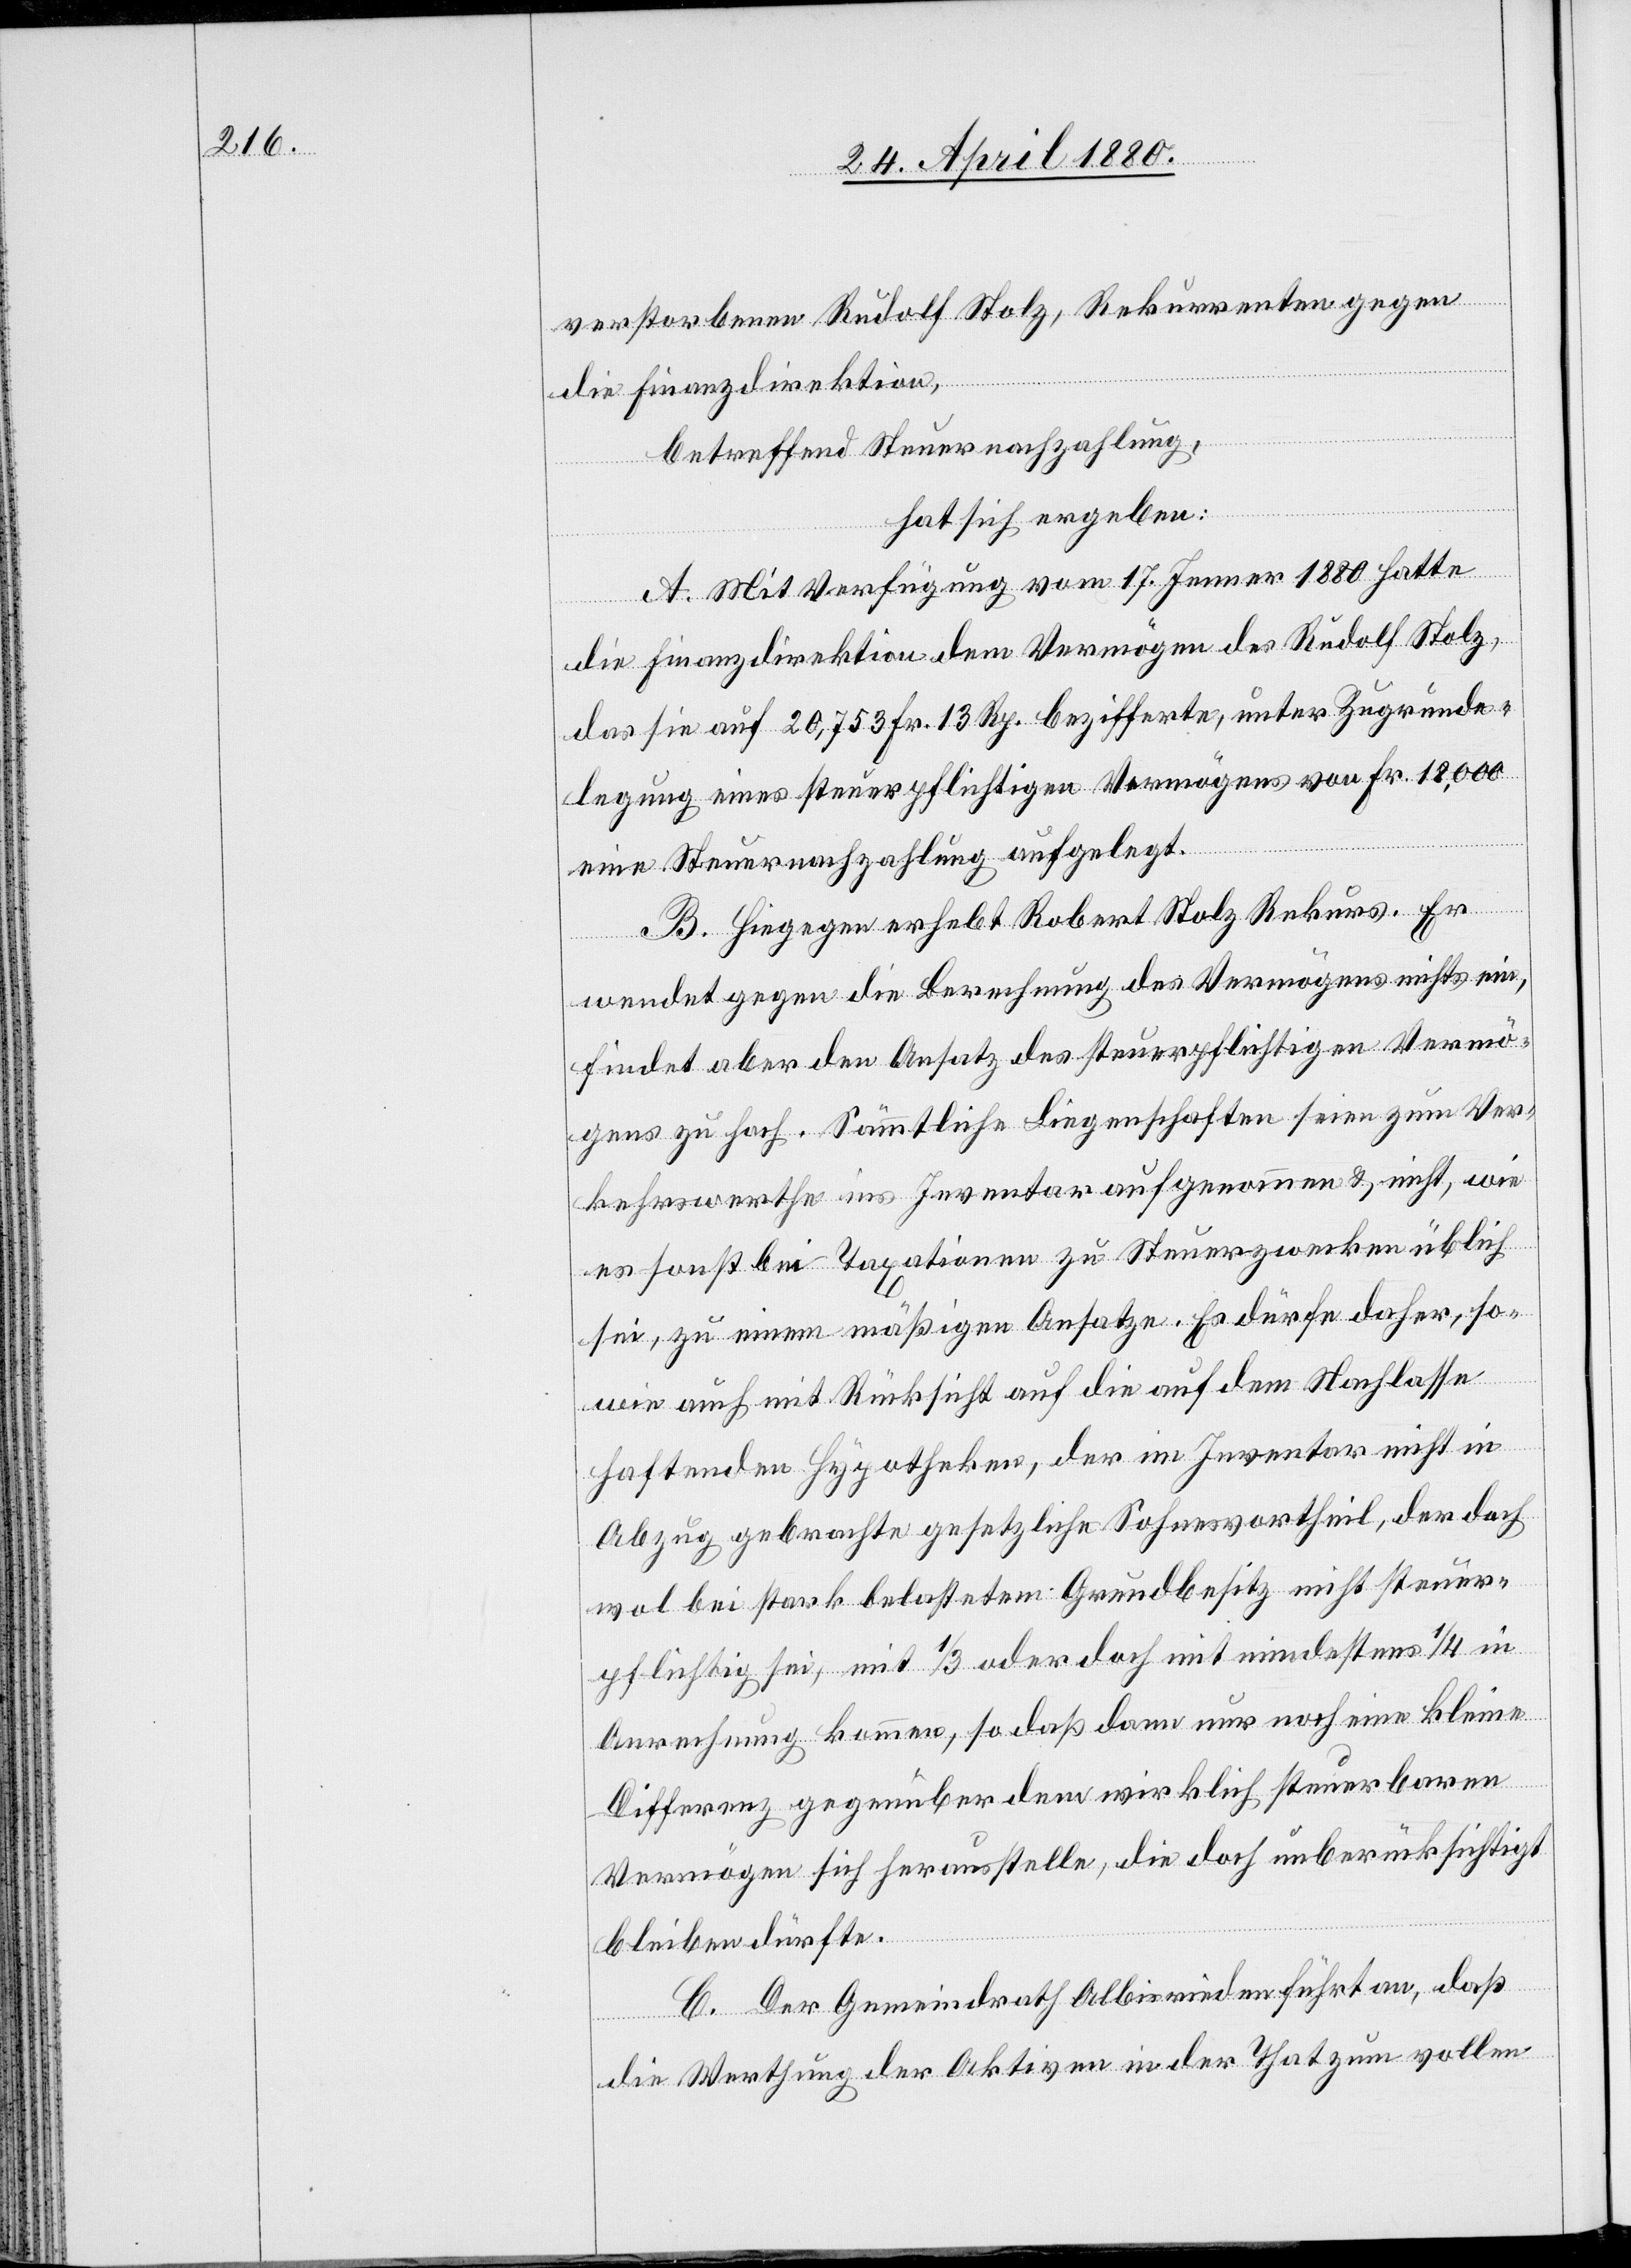
verstorbenen Rudolf Stolz, Rekurrenten gegen
die Finanzdirektion,
betreffend Steuernachzahlung,
hat sich ergeben:
A. Mit Verfügung vom 17. Jenner 1880 hatte
die Finanzdirektion dem Vermögen des Rudolf Stolz,
das sie auf 20,753 Fr. 13 Rp. bezifferte, unter Zugrunde¬
legung eines steuerpflichtigen Vermögens von Fr. 18,000
eine Steuernachzahlung aufgelegt.
B. Hiegegen erhebt Robert Stolz Rekurs. Er
wendet gegen die Berechnung des Vermögens nichts ein,
findet aber den Ansatz des steuerpflichtigen Vermö¬
gens zu hoch. Sämmtliche Liegenschaften seien zum Ver¬
kehrswerthe ins Inventar aufgenommen & nicht, wie
es sonst bei Taxationen zu Steuerzwecken üblich
sei, zu einem mäßigen Ansatze. Es dürfe daher, so¬
wie auch mit Rücksicht auf die auf dem Nachlasse
haftenden Hypotheken, der im Inventar nicht in
Abzug gebrachte gesetzliche Sohnesvortheil, der doch
wol bei stark belastetem Grundbesitz nicht steuer¬
pflichtig sei, mit 1/3 oder doch mit mindestens 1/4 in
Anrechnung kommen, so daß dann nur noch eine kleine
Differenz gegenüber dem wirklich steuerbaren
Vermögen sich herausstelle, die doch unberücksichtigt
bleiben dürfte.
C. Der Gemeindrath Albisrieden führt an, daß
die Werthung der Aktiven in der That zum vollen